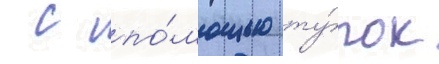
 с по́мощью ту́рок